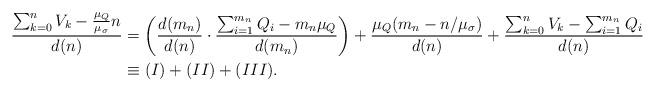
LaTeX: \begin{align*}\frac{\sum_{k=0}^n V_k - \frac{\mu_Q}{\mu_{\sigma}} n}{d(n)}& = \left( \frac{d(m_n)}{d(n)} \cdot \frac{ \sum_{i=1}^{m_n} Q_i - m_n \mu_Q}{d(m_n)} \right)+ \frac{\mu_Q(m_n - n/\mu_{\sigma})}{d(n)}+ \frac{\sum_{k=0}^n V_k - \sum_{i=1}^{m_n} Q_i }{d(n)} \\& \equiv (I) + (II) + (III).\end{align*}